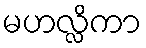
မဟလ္လိကာ